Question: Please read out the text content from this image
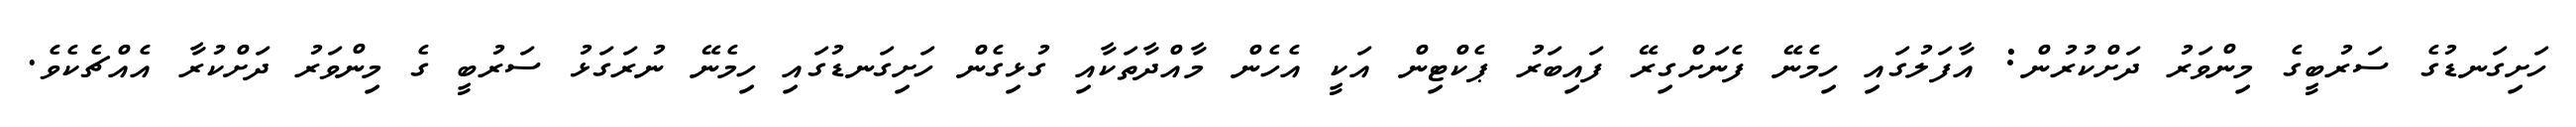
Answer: ހަށިގަނޑުގެ ސަރުބީގެ މިންވަރު ދަށްކުރުން: އާފަލުގައި ހިމެނޭ ފެނަށްގިރޭ ފައިބަރު ޕެކްޓިން އަކީ އެހެން މާއްދާތަކާއި ގުޅިގެން ހަށިގަނޑުގައި ހިމެނޭ ނުރަގަޅު ސަރުބީ ގެ މިންވަރު ދަށްކުރާ އެއްޗެކެވެ.